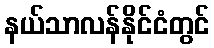
နယ်သာလန်နိုင်ငံတွင်